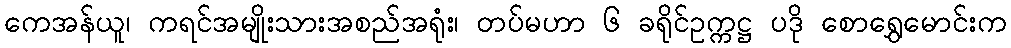
ကေအန်ယူ၊ ကရင်အမျိုးသားအစည်အရုံး၊ တပ်မဟာ ၆ ခရိုင်ဥက္ကဋ္ဌ ပဒို စောရွှေမောင်းက